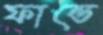
ফান্ডে